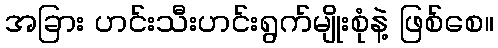
အခြား ဟင်းသီးဟင်းရွက်မျိုးစုံနဲ့ ဖြစ်စေ။